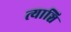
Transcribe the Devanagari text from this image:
त्याञ्चि